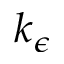
k _ { \epsilon }